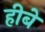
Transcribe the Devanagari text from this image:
हीबे